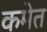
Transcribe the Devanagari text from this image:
कमेत